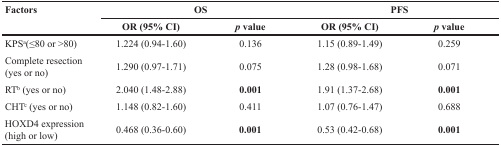
| <ROWSPAN=2> Factors | <COLSPAN=2> OS | <COLSPAN=2> PFS |
 | OR (95% CI) | p value | OR (95% CI) | p value |
 | --- | --- | --- | --- | --- |
 | KPSa(≤80 or >80) | 1.224 (0.94-1.60) | 0.136 | 1.15 (0.89-1.49) | 0.259 |
 | Complete resection (yes or no) | 1.290 (0.97-1.71) | 0.075 | 1.28 (0.98-1.68) | 0.071 |
 | RTb (yes or no) | 2.040 (1.48-2.88) | 0.001 | 1.91 (1.37-2.68) | 0.001 |
 | CHTc (yes or no) | 1.148 (0.82-1.60) | 0.411 | 1.07 (0.76-1.47) | 0.688 |
 | HOXD4 expression (high or low) | 0.468 (0.36-0.60) | 0.001 | 0.53 (0.42-0.68) | 0.001 |